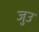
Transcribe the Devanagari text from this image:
जुउ